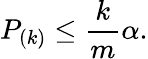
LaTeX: P_{(k)}\leq{\frac{k}{m}}\alpha.